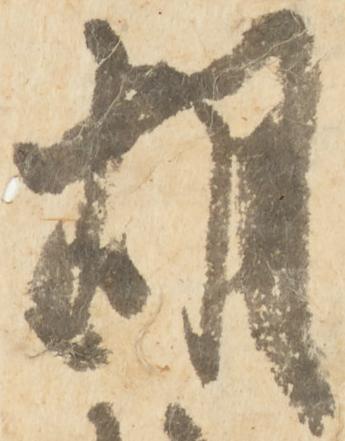
胡